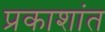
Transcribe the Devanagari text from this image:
प्रकाशांत